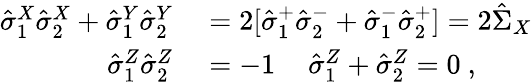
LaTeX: \begin{array}{rl}{\hat{\sigma}_{1}^{X}\hat{\sigma}_{2}^{X}+\hat{\sigma}_{1}^{Y}\hat{\sigma}_{2}^{Y}}&{{}=2[\hat{\sigma}_{1}^{+}\hat{\sigma}_{2}^{-}+\hat{\sigma}_{1}^{-}\hat{\sigma}_{2}^{+}]=2\hat{\Sigma}_{X}}\\ {\hat{\sigma}_{1}^{Z}\hat{\sigma}_{2}^{Z}}&{{}=-1\, \quad\hat{\sigma}_{1}^{Z}+\hat{\sigma}_{2}^{Z}=0\ ,}\end{array}